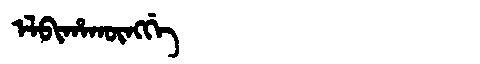
Manchu: ᡝᠯᠪᡳᡥᠠᡴᡡᠩᡤᡝ
Romanization: ELBIHAKŪNGGE